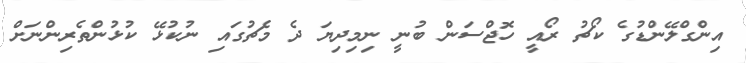
އިންގްލޭންޑުގެ ކޯޗު ރޯއީ ހޮޖްސަން ބުނީ ނިމިދިޔަ ދެ މެޗުގައި ނުކުޅޭ ކުޅުންތެރިންނަށް